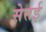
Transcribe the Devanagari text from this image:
सेतई